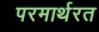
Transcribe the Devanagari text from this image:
परमार्थरत